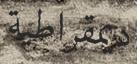
ديمقراطية